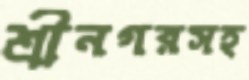
শ্রীনগরসহ